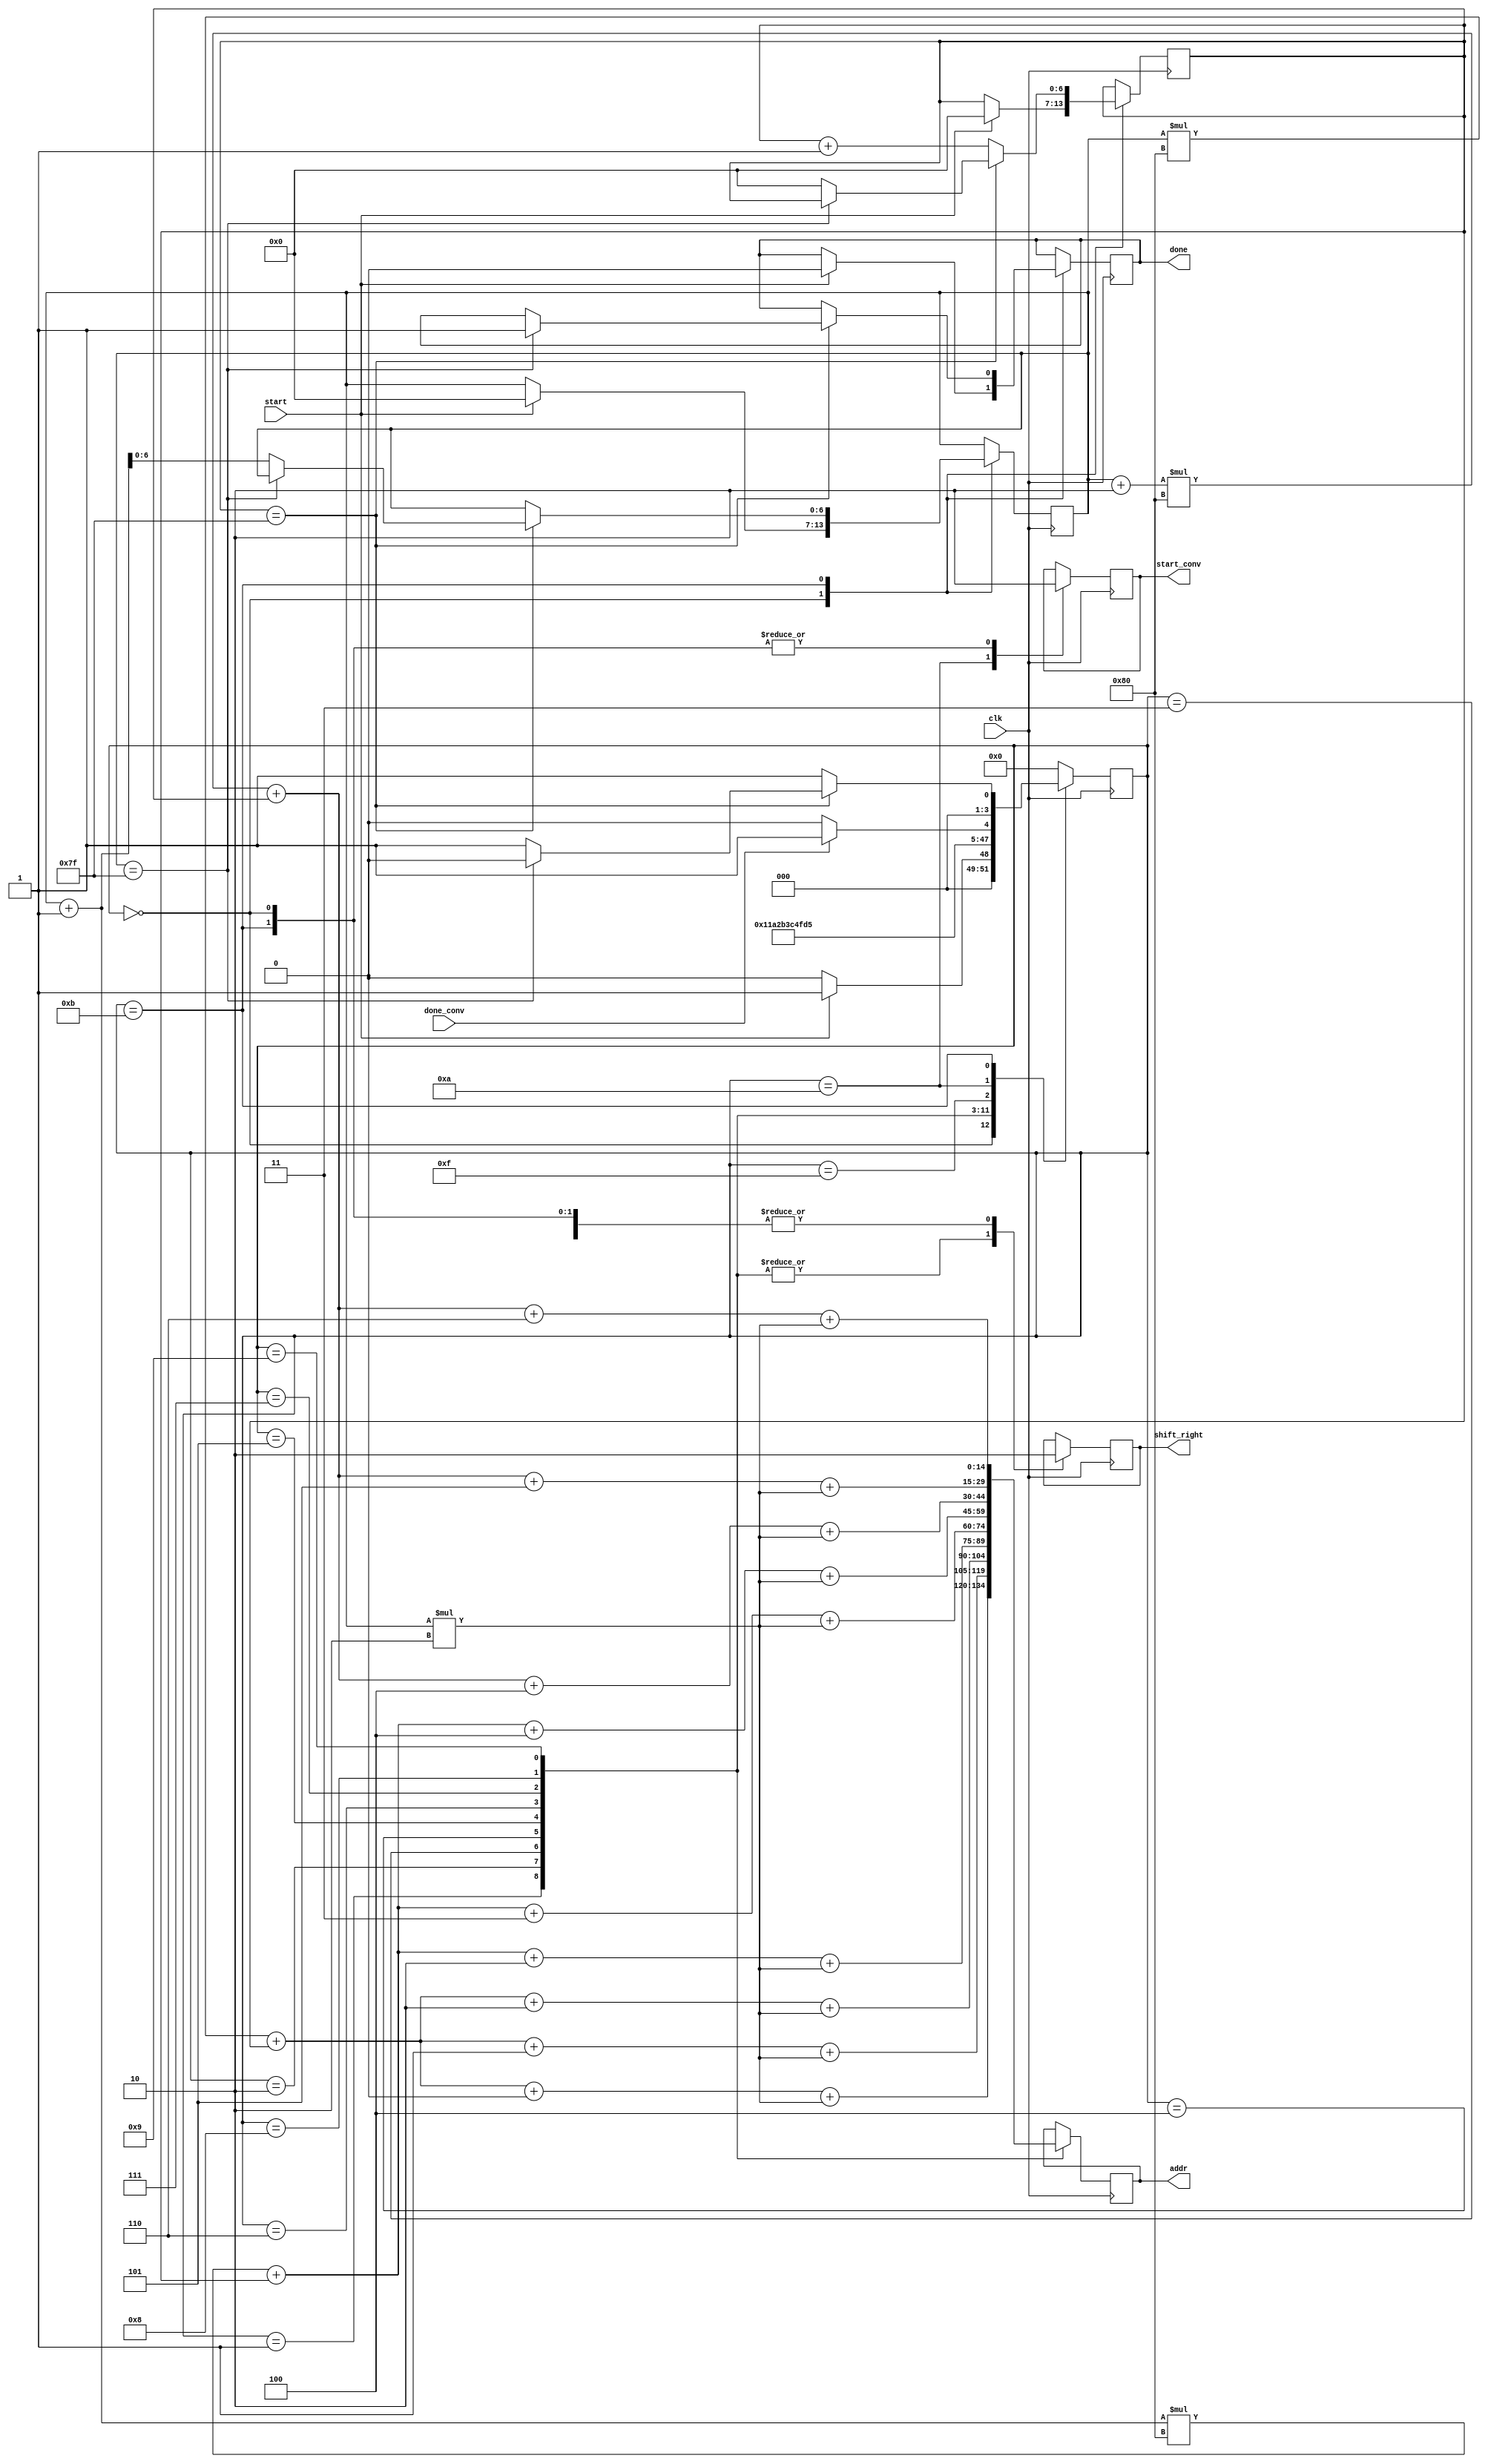
`timescale 1ns / 1ps
module control_FSM(
	input clk,start,done_conv,
	output reg start_conv,done,shift_right,
	output reg [14:0] addr
 );
reg [3:0] state;
reg [6:0] i;
reg [6:0] j;
reg [14:0] readen_address;
parameter IDLE 	 = 4'b0000,
		  RP1  	 = 4'b0001,
		  RP2  	 = 4'b0010,
		  RP3  	 = 4'b0011,
		  RP4  	 = 4'b0100,
		  RP5  	 = 4'b0101,
		  RP6  	 = 4'b0110,
		  RP7  	 = 4'b0111,
		  RP8  	 = 4'b1000,
		  RP9  	 = 4'b1001,
		  CONV 	 = 4'b1010,
		  INCR_J = 4'b1011,
		  temp   = 4'b1111; // created because it doesnt shift in the last rp9 so the result is more wrong, it just waits 1 clock cycle from rp9 to conv state

always@(posedge clk) begin
readen_address <= (i+1)*128 + j + 3 + (i*2);
	case (state)
	IDLE: begin
		shift_right <= 0;
		start_conv	<= 0;
		if(start) begin
			done 	<= 0;
			i 		<= 0;
			j 		<= 0;
			state 	<= RP1;
		end
		else
			state 	<= IDLE;
	end	
	RP1: begin
		addr 		<= i*128 + j + 0 + (i*2);
		shift_right <= 1;
		state 		<= RP2;
	end
	RP2: begin
		addr 		<= i *128 + j + 1 + (i*2) ;
		shift_right <= 1;
		state 		<= RP3;
	end
	RP3: begin
		addr 		<= i*128 + j +2+ (i*2);
		shift_right <= 1;
		state 		<= RP4;
	end
	RP4: begin
		addr 		<=(i+1)*128 + j +2+ (i*2);
		shift_right <= 1;
		state 		<= RP5;
	end
	RP5: begin
		addr 		<= (i+1)*128 + j + 3 + (i*2);
		shift_right <= 1;
		state 		<= RP6;
	end
	RP6: begin
		addr 		<= (i+1)*128 + j+4+ (i*2);
		shift_right <= 1;
		state 		<= RP7;
	end
	RP7: begin
		addr 		<= (i+2)*128 + j+4+ (i*2);
		shift_right <= 1;
		state 		<= RP8;
	end
	RP8: begin
		addr 		<= (i+2)*128 + j+5+ (i*2);
		shift_right <= 1;
		state 		<= RP9;
	end
	RP9: begin
		addr        <= (i+2)*128 + j+6+ (i*2);
		shift_right <= 1;
		state       <= temp;
	end
	temp: begin
		state  <= CONV;
	end
	CONV: begin
		shift_right <= 0;
		start_conv  <= 1;
		if(done_conv)
			state 	<= INCR_J;
		else
			state 	<= CONV;
	end
	INCR_J: begin
		shift_right <= 0;
		start_conv  <= 0;
		if(j==127) begin
			if(i==127) begin
				done  <= 1;
				state <= IDLE;
			end
			else begin
				j 	  <= 0;
				i 	  <= i + 1;
				state <= RP1;
			end
		end
		else begin
			j     	<= j + 1;
			state 	<= RP1;
		end
	end
	default : state <= IDLE;	
	endcase
end		
endmodule